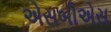
એસબીએસ